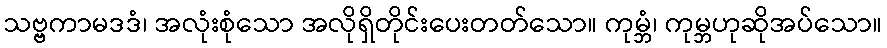
သဗ္ဗကာမဒဒံ၊ အလုံးစုံသော အလိုရှိတိုင်းပေးတတ်သော။ ကုမ္ဘံ၊ ကုမ္ဘဟုဆိုအပ်သော။